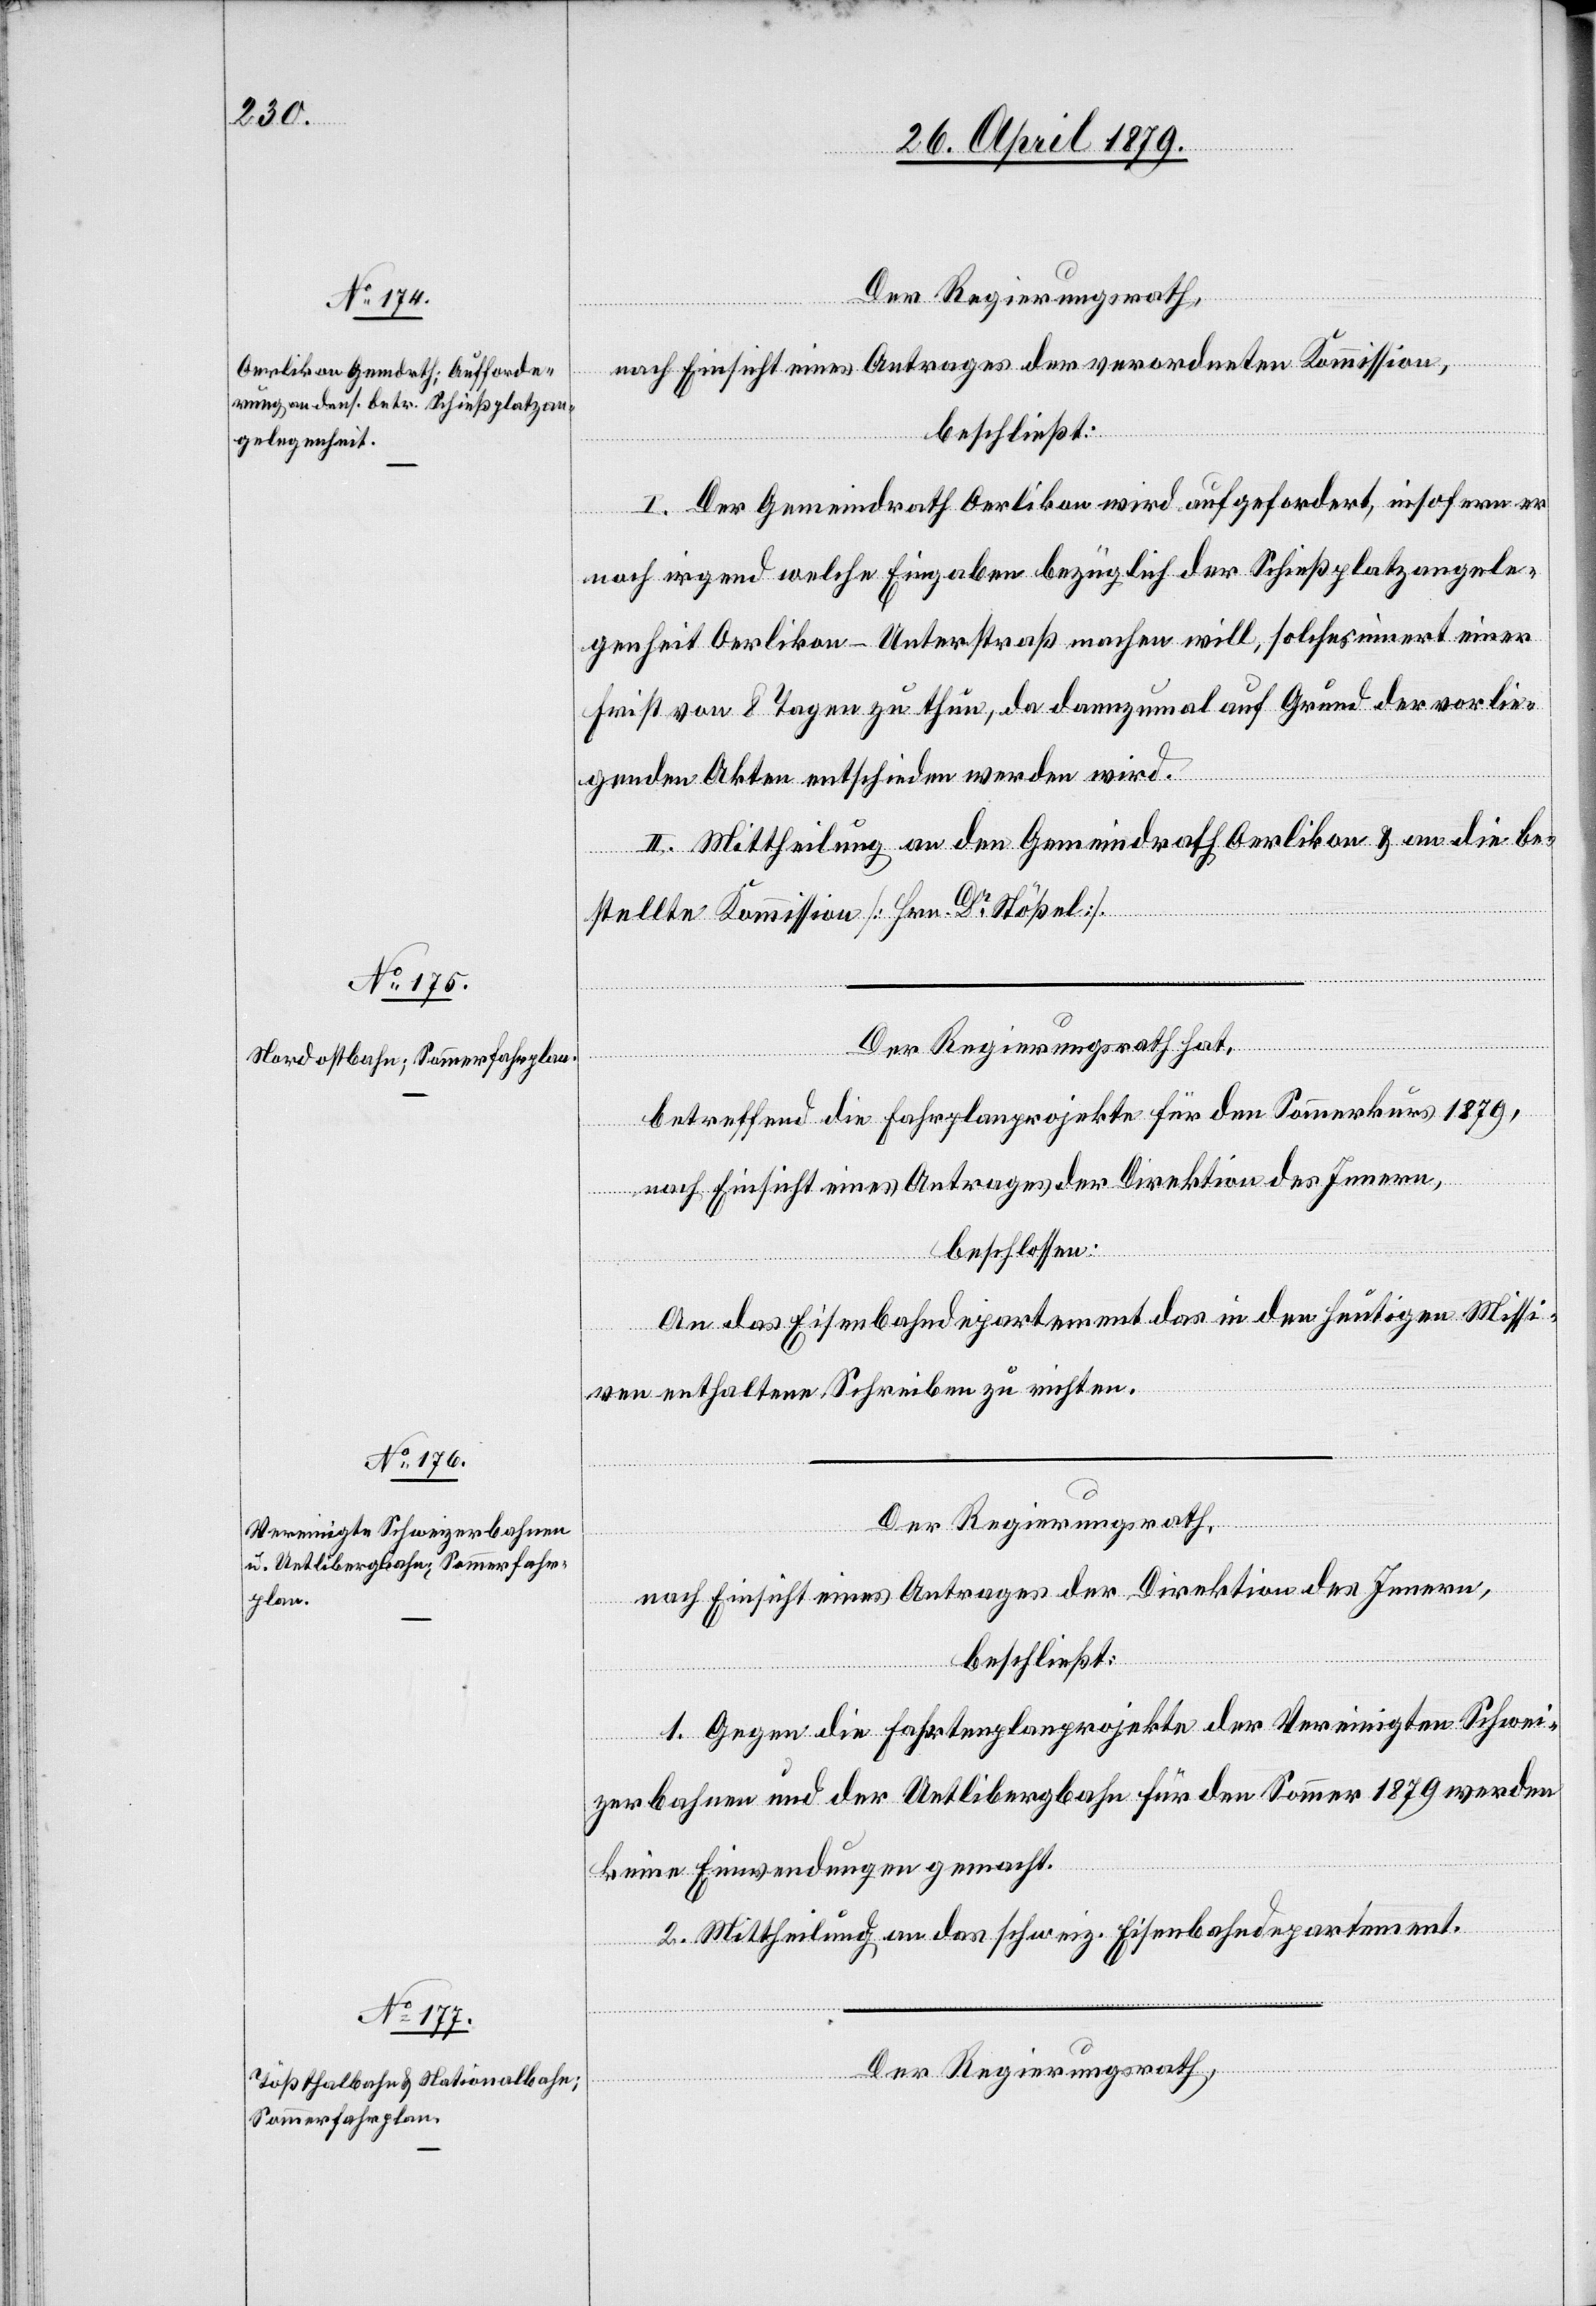
Der Regierungsrath,
nach Einsicht eines Antrages der verordneten Kommission,
beschließt:
I. Der Gemeindrath Oerlikon wird aufgefordert, insofern er
noch irgend welche Eingaben bezüglich der Schießplatzangele¬
genheit Oerlikon - Unterstraß machen will, solches innert einer
Frist von 8 Tagen zu thun, da dannzumal auf Grund der vorlie¬
genden Akten entschieden werden wird.
II. Mittheilung an den Gemeindrath Oerlikon & an die be¬
stellte Kommission [Hrn. Dr Stößel].
Der Regierungsrath hat,
betreffend die Fahrplanprojekte für den Sommerkurs 1879,
nach Einsicht eines Antrages der Direktion des Innern,
beschlossen:
An das Eisenbahndepartement das in den heutigen Missi¬
ven enthaltene Schreiben zu richten.
Der Regierungsrath,
nach Einsicht eines Antrages der Direktion des Innern,
beschließt:
1. Gegen die Fahrtenplanprojekte der Vereinigten Schwei¬
zerbahnen und der Uetlibergbahn für den Sommer 1879 werden
keine Einwendungen gemacht.
2. Mittheilung an das schweiz. Eisenbahndepartement.
Der Regierungsrath,